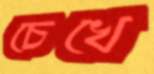
চেখে